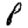
Digit: 8